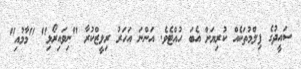
ސައީދުގެ ފިލްމުތަކެއް ކުރިޔަށް އެބަ ހުއްޓެވެ. އަންނަ އަހަރު ރިލީޒްކުރާ "ނިވައިރޯޅި" "މާމުއި"